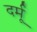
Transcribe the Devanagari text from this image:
दर्मू